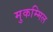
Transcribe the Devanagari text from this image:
मुकम्मिल